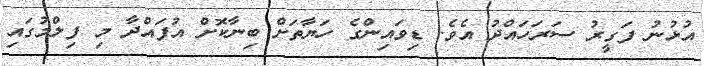
އުޅުނު ފަގީރު ސަރަހައްދު އެވެ. ޑިވައިންގެ ހަޔާތަށް ބިނާކޮށް އުފައްދާ މި ފިލްމުގައި